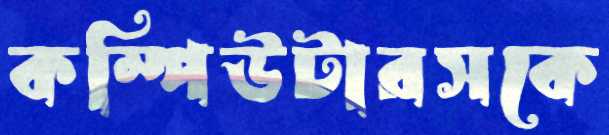
কম্পিউটারসকে